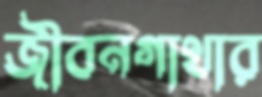
জীবনগাথার